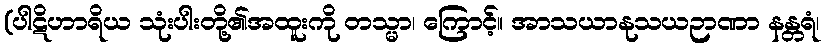
(ပါဋိဟာရိယ သုံးပါးတို့၏အထူးကို တသ္မာ၊ ကြောင့်။ အာသယာနုသယဉာဏာ နန္တရံ၊